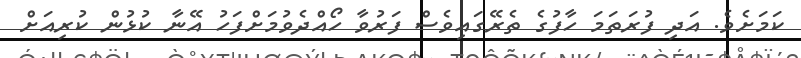
ކަމަށެވެ. އަދި ފުރަތަމަ ހާފުގެ ތެރޭގައިވެސް ފަރުވާ ހޯއްދެވުމަށްފަހު އޭނާ ކުޅުން ކުރިއަށް